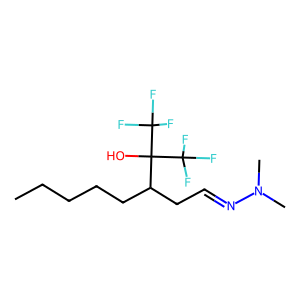
SMILES: CCCCCC(CC=NN(C)C)C(O)(C(F)(F)F)C(F)(F)F
Inhibits HIV replication: No